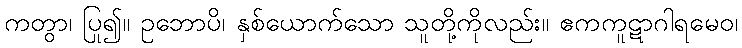
ကတွာ၊ ပြု၍။ ဥဘောပိ၊ နှစ်ယောက်သော သူတို့ကိုလည်း။ ဧကကူဋာဂါရမေဝ၊